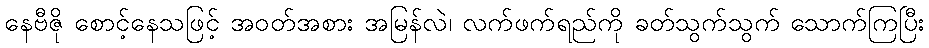
နေဗီဇို စောင့်နေသဖြင့် အဝတ်အစား အမြန်လဲ၊ လက်ဖက်ရည်ကို ခတ်သွက်သွက် သောက်ကြပြီး